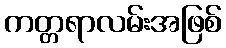
ကတ္တရာလမ်းအဖြစ်